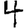
Digit: 4